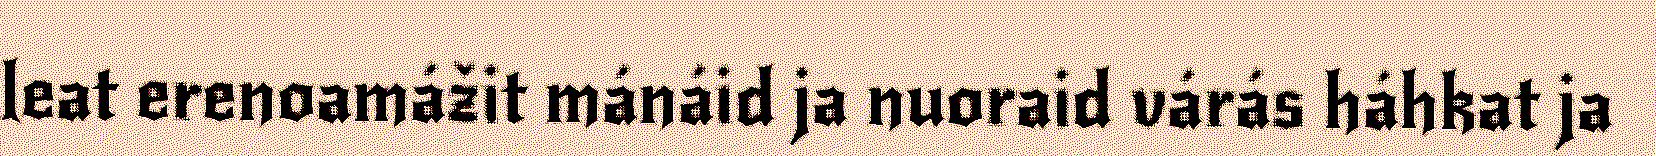
leat erenoamážit mánáid ja nuoraid várás háhkat ja